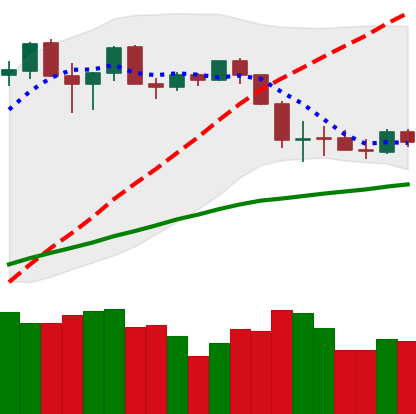
Ticker: ETH-USD
Chart end date: 2020-03-03
Forward return: -10.598%
Label: down_7plus